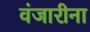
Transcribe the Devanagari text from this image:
वंजारीना